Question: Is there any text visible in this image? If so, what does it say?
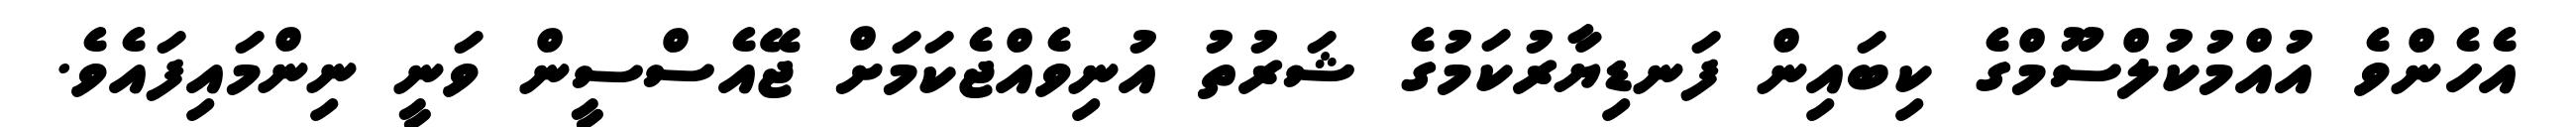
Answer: އެހެންވެ އުއްމުކުލްސޫމްގެ ކިބައިން ފަނޑިޔާރުކަމުގެ ޝަރުތު އުނިވެއްޖެކަމަށް ޖޭއެސްސީން ވަނީ ނިންމައިފައެވެ.